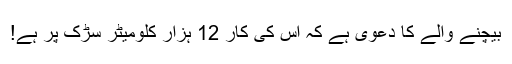
بیچنے والے کا دعوی ہے کہ اس کی کار 12 ہزار کلومیٹر سڑک پر ہے!